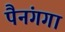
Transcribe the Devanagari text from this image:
पैनंगगा